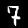
Digit: 7